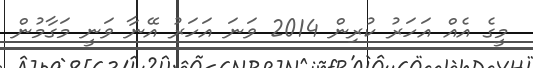
މީގެ އެއް އަހަރު ކުރިން 2014 ވަނަ އަހަރު އޭނާ ވަނީ މަގާމުން